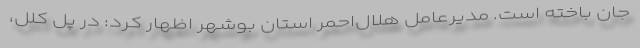
جان باخته است. مدیرعامل هلال‌احمر استان بوشهر اظهار کرد: در پل کلل،